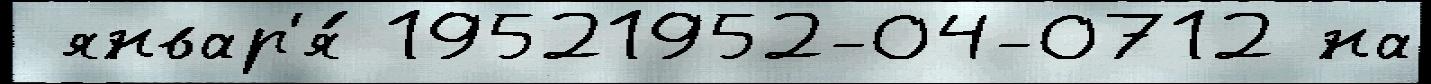
 январ'я́ 19521952-04-0712 на